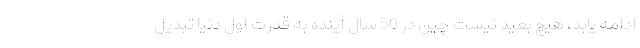
ادامه یابد، هیچ بعید نیست چین در 50 سال آینده به قدرت اول دنیا تبدیل